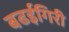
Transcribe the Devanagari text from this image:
बढईगिरी